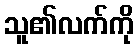
သူ၏လက်ကို